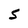
Character: 5